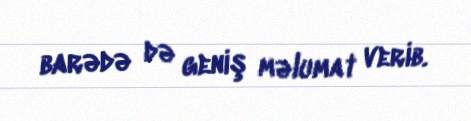
barədə də geniş məlumat verib.